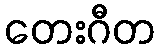
တေးဂီတ